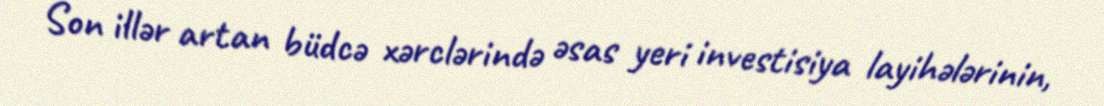
Son illər artan büdcə xərclərində əsas yeri investisiya layihələrinin,